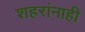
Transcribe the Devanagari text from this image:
शहरांनाही